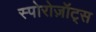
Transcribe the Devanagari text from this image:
स्पोरोज़ॉट्स